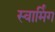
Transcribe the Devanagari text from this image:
स्वार्मिंग